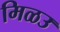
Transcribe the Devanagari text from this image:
मिळउ